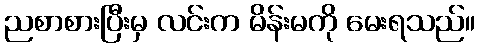
ညစာစားပြီးမှ လင်းက မိန်းမကို မေးရသည်။